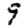
Digit: 9